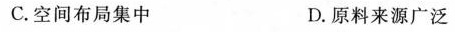
C.空间布局集中 D.原料来源广泛